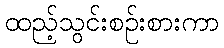
ထည့်သွင်းစဉ်းစားကာ